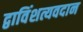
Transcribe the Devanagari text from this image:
द्वाविंशत्यवदान